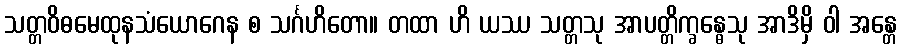
သတ္တဝိဓမေထုနသံယောဂေန စ သင်္ဂဟိတော။ တထာ ဟိ ယဿ သတ္တသု အာပတ္တိက္ခန္ဓေသု အာဒိမှိ ဝါ အန္တေ